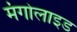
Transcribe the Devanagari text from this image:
मंगोलाइड